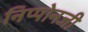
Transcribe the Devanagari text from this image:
निप्पोनजी